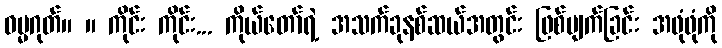
ဓမ္မဂုတ်။ ။ ကိုင်း ကိုင်း... ကိုယ်တော်ရဲ့ အသက်ခုနစ်ဆယ်အတွင်း ဖြစ်ပျက်ခြင်း အဖုံဖုံကို